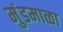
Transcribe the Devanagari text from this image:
मुंडमाळा